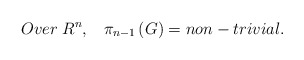
\begin{align*}Over\;R^{n},\;\;\;\pi_{n-1}\left( G\right) =non-trivial.\end{align*}